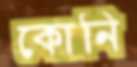
কোনি